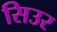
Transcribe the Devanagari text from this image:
सिउर